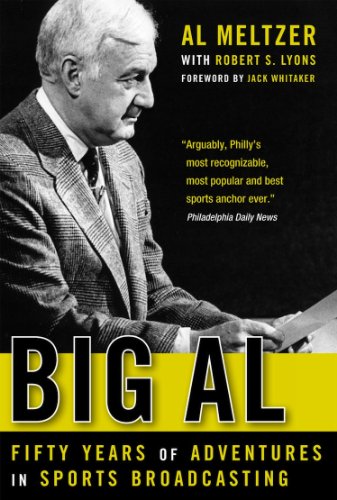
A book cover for Big Al: Fifty Years of Adventures in Sports Broadcasting; Robert S. Lyons; Sports & Outdoors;